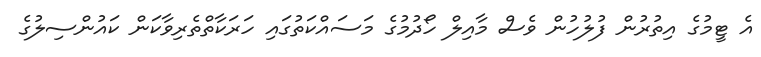
އެ ޓީމުގެ އިތުރުން ފުލުހުން ވެސް މާއިލް ހޯދުމުގެ މަސައްކަތުގައި ހަރަކާތްތެރިވާކަން ކައުންސިލުގެ